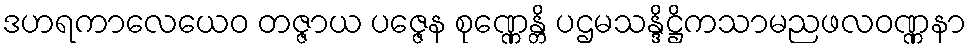
ဒဟရကာလေယေဝ တဇ္ဇာယ ပဇ္ဇေန စုဏ္ဏေန္တိ ပဌမသန္ဒိဋ္ဌိကသာမညဖလဝဏ္ဏနာ